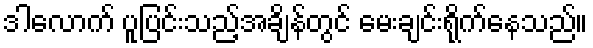
ဒါလောက် ပူပြင်းသည့်အချိန်တွင် မေးချင်းရိုက်နေသည်။